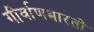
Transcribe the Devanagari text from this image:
गीर्वाणभारती